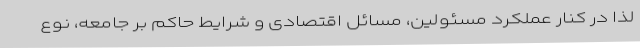
لذا در کنار عملکرد مسئولین، مسائل اقتصادی و شرایط حاکم بر جامعه، نوع